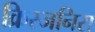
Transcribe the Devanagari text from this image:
क्रिस्जनिस